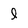
Character: l